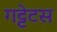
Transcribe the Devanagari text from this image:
गट्टेटस